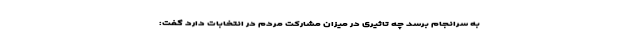
به سرانجام برسد چه تاثیری در میزان مشارکت مردم در انتخابات دارد گفت: